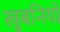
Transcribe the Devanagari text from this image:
खुबनियों